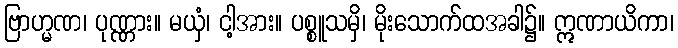
ဗြာဟ္မဏ၊ ပုဏ္ဏား။ မယှံ၊ ငါ့အား။ ပစ္စူသမှိ၊ မိုးသောက်ထအခါ၌။ ဣဏာယိကာ၊